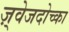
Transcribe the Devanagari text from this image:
ज़्वेजदोच्का